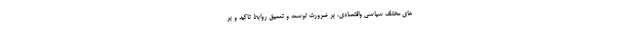
های مختلف سیاسی واقتصادی، بر ضرورت توسعه و تعمیق روابط تاکید و بر